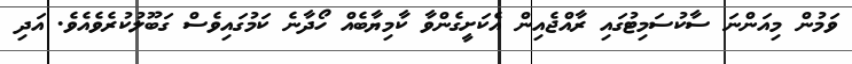
ވަމުން މިއަންނަ ސާކުސަމިޓުގައި ރާއްޖެއިން އެކަށީގެންވާ ކާމިޔާބެއް ހޯދާނެ ކަމުގައިވެސް ގަބޫލުކުރެވެއެވެ. އަދި